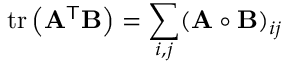
\operatorname { t r } \left( \mathbf { A } ^ { \mathsf { T } } \mathbf { B } \right) = \sum _ { i , j } ( \mathbf { A } \circ \mathbf { B } ) _ { i j }